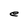
Character: e